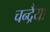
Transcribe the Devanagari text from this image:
चन्द्रैया